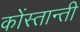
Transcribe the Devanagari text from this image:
कोंस्तान्ती